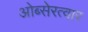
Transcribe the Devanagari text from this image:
ओब्सेरत्वार